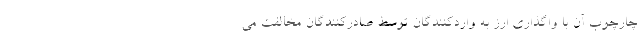
چارچوب آن با واگذاری ارز به واردکنندگان توسط صادرکنندگان مخالفت می